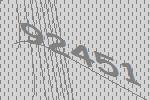
92451